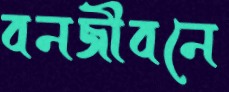
বনজীবনে